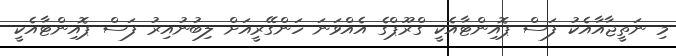
މި ނަތީޖާއާއެކު ފަސް ޕޮއިންޓާއެކީ ގްރޫޕްގެ އެއްވަނަ ހަންގޭރީއަށް ލިބުނުއިރު ފަސް ޕޮއިންޓާއެކީ